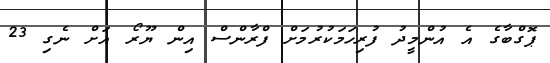
ޕޮގްބާގެ އެ އުންމީދު ފުރިހަމަކުރުމަށް ފްރާންސް އިން ޔޫރޯ އަށް ނެގި 23